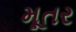
મૂતર